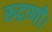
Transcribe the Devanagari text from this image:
रूद्राणी।